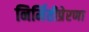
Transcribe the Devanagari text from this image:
निर्मितीप्रेरणा